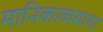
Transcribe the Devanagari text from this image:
मानिकाव्यसागर